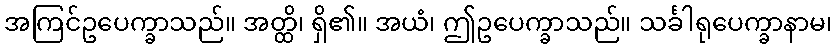
အကြင်ဥပေက္ခာသည်။ အတ္ထိ၊ ရှိ၏။ အယံ၊ ဤဥပေက္ခာသည်။ သင်္ခါရုပေက္ခာနာမ၊